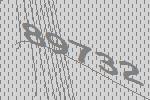
89732